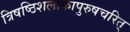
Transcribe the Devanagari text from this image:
त्रिषष्ठिशलाकापुरुषचरित्